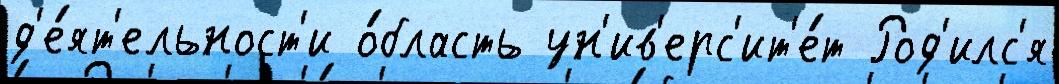
д'е́ят'ельност'и о́бласть ун'ив'ерс'ит'е́т Род'илс'я